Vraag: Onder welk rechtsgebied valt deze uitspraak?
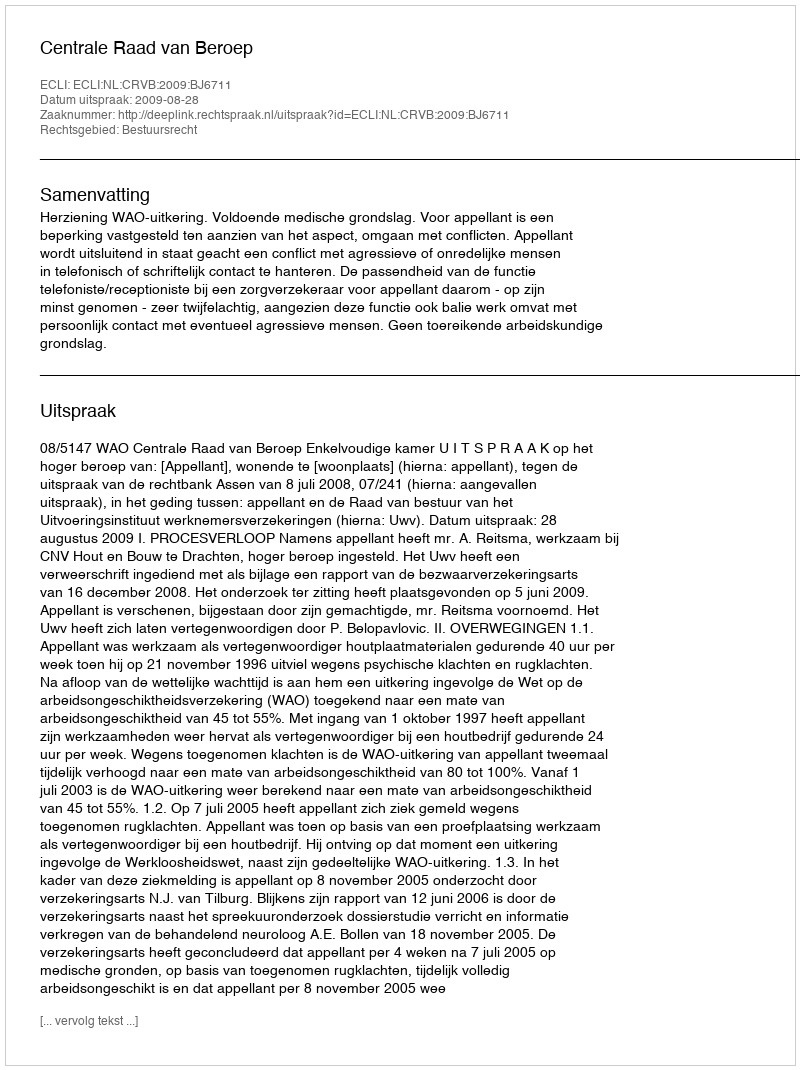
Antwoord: Bestuursrecht